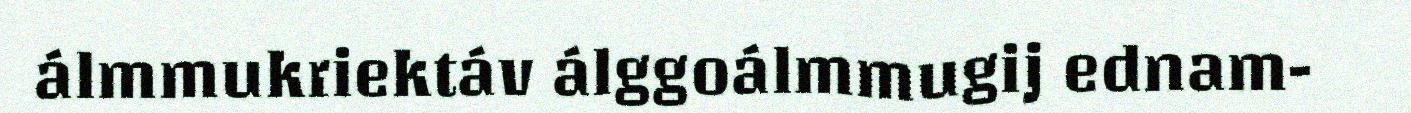
álmmukriektáv álggoálmmugij ednam-